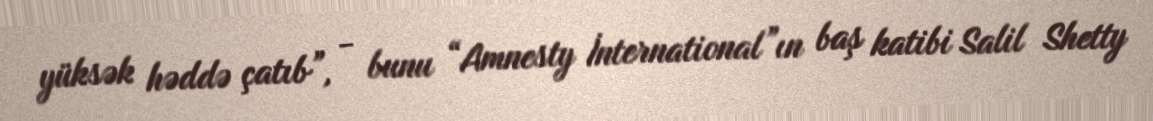
yüksək həddə çatıb”, - bunu “Amnesty İnternational”ın baş katibi Salil Shetty